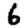
Digit: 6